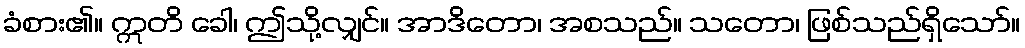
ခံစား၏။ ဣတိ ခေါ၊ ဤသို့လျှင်။ အာဒိတော၊ အစသည်။ သတော၊ ဖြစ်သည်ရှိသော်။